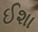
ઈશા